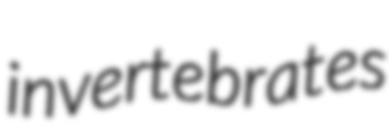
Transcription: invertebrates